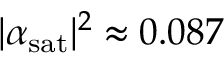
| \alpha _ { \mathrm { s a t } } | ^ { 2 } \approx 0 . 0 8 7